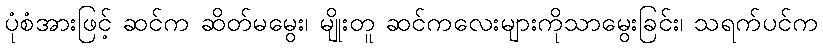
ပုံစံအားဖြင့် ဆင်က ဆိတ်မမွေး၊ မျိုးတူ ဆင်ကလေးများကိုသာမွေးခြင်း၊ သရက်ပင်က